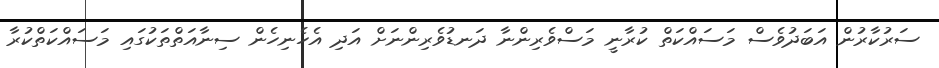
ސަރުކާރުން އަބަދުވެސް މަަސައްކަތް ކުރާނީ މަސްވެރިންނާ ދަނޑުވެރިންނަށް އަދި އެހެނިހެން ސިނާއަތްތަކުގައި މަސައްކަތްކުރާ